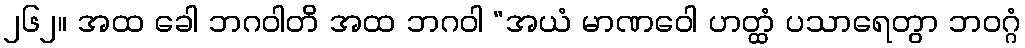
၂၆၂။ အထ ခေါ ဘဂဝါတိ အထ ဘဂဝါ “အယံ မာဏဝေါ ဟတ္ထံ ပသာရေတွာ ဘဝဂ္ဂံ